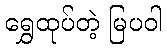
ရွှေထုပ်တဲ့ မြပဝါ